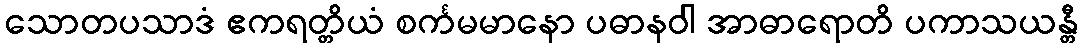
သောတပသာဒံ ဧကရတ္တိယံ စင်္ကမမာနော ပဓာနဝါ အာဓာရောတိ ပကာသယန္တီ